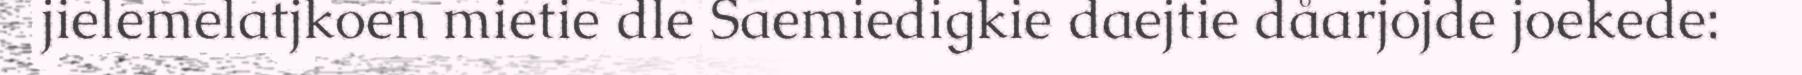
jielemelatjkoen mietie dle Saemiedigkie daejtie dåarjojde joekede: